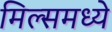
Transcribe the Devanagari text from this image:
मिल्समध्ये